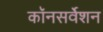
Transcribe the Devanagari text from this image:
कॉनसर्वेशन